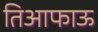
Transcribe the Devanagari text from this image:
तिआफाऊ